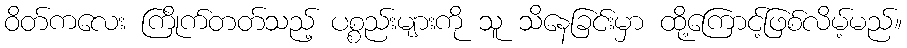
ဝိတ်ကလေး ကြိုက်တတ်သည့် ပစ္စည်းများကို သူ သိနေခြင်းမှာ ထို့ကြောင့်ဖြစ်လိမ့်မည်။